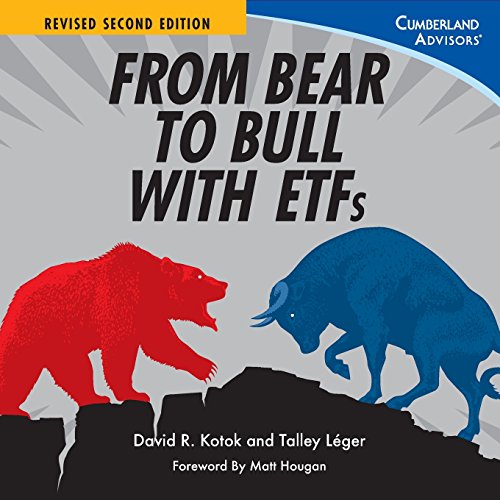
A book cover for From Bear to Bull with ETFs; David R Kotok; Business & Money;